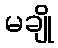
မချို